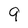
Character: 9